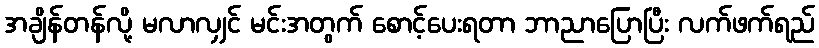
အချိန်တန်လို့ မလာလျှင် မင်းအတွက် စောင့်ပေးရတာ ဘာညာပြောပြီး လက်ဖက်ရည်